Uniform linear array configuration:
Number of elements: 8
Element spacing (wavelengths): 0.5
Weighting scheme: blackman
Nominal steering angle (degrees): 30
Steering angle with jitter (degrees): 31.613
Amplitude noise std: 0.05
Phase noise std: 0.05

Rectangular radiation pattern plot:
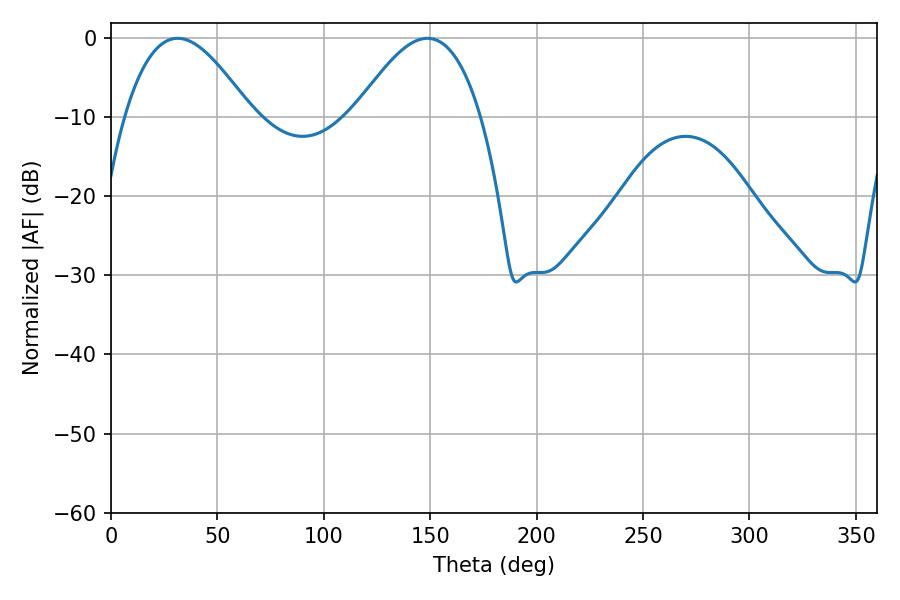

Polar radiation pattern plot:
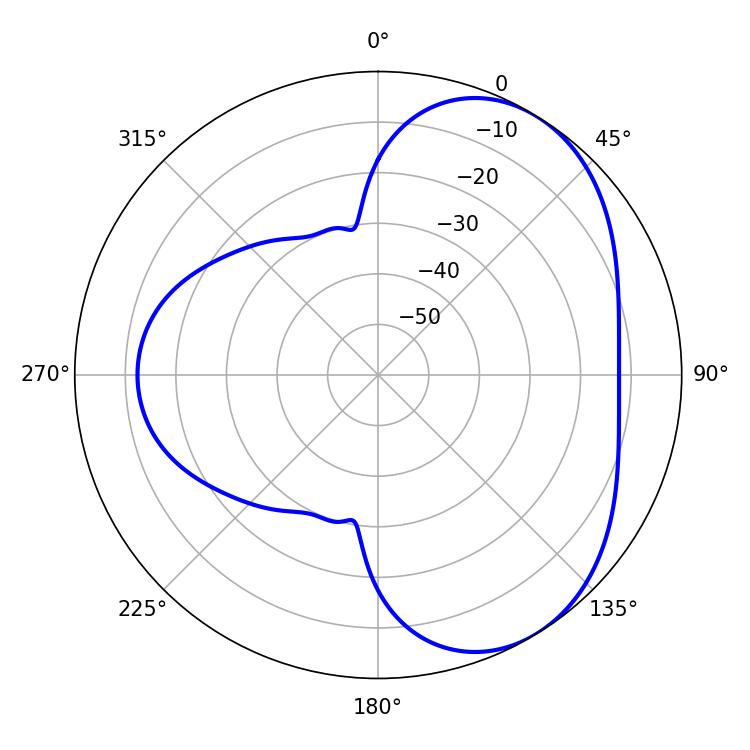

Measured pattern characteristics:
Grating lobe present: FALSE
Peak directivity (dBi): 4.729
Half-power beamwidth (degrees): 32.4
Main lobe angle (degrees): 31.32